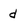
Character: d